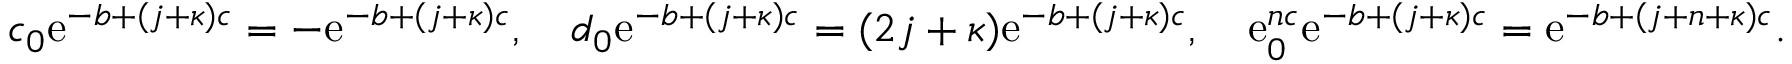
c _ { 0 } \mathrm { e } ^ { - b + ( j + \kappa ) c } = - \mathrm { e } ^ { - b + ( j + \kappa ) c } , \quad d _ { 0 } \mathrm { e } ^ { - b + ( j + \kappa ) c } = ( 2 j + \kappa ) \mathrm { e } ^ { - b + ( j + \kappa ) c } , \quad \mathrm { e } _ { 0 } ^ { n c } \mathrm { e } ^ { - b + ( j + \kappa ) c } = \mathrm { e } ^ { - b + ( j + n + \kappa ) c } .